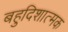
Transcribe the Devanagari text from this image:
बहुदिशात्मक